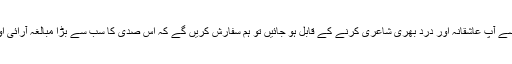
تاہم بکری سے ملنے والے غموں کے خام مال سے آپ عاشقانہ اور درد بھری شاعری کرنے کے قابل ہو جائیں تو ہم سفارش کریں گے کہ اس صدی کا سب سے بڑا مبالغہ آرائی اور مغالطہ فرمائی کا ایوارڈ آپ کو ہی دیا جائے۔